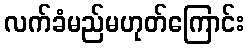
လက်ခံမည်မဟုတ်ကြောင်း